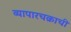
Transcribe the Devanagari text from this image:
व्यापारचक्राची